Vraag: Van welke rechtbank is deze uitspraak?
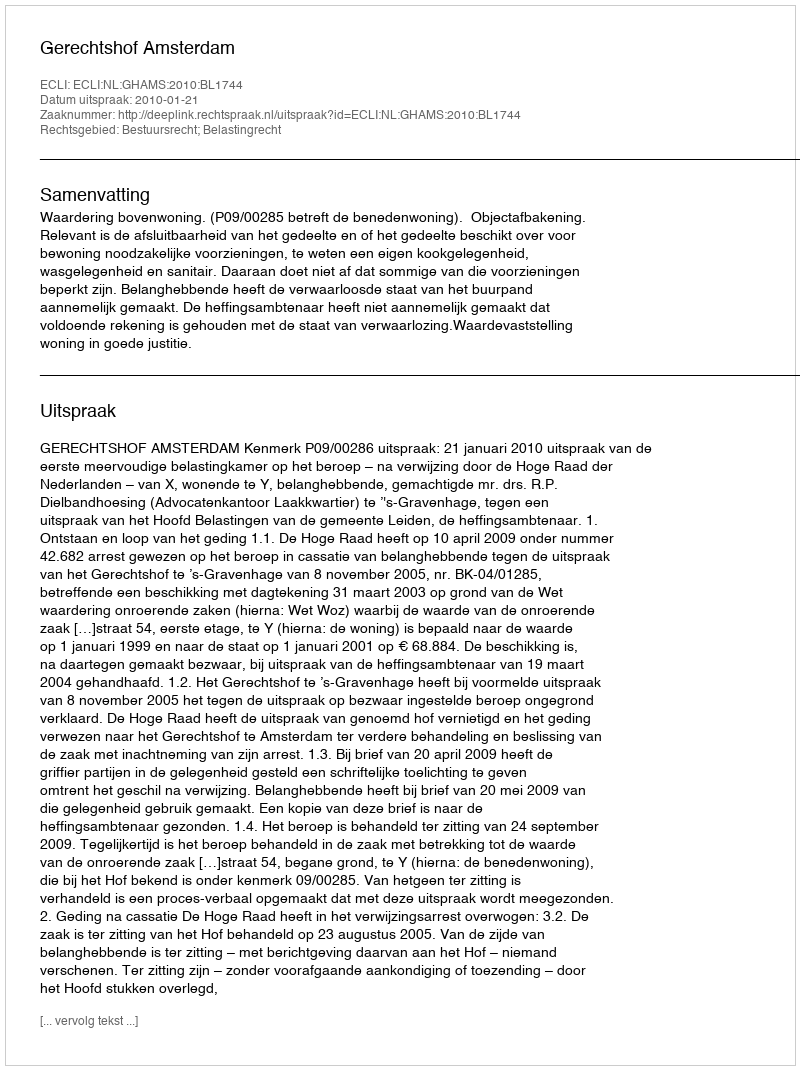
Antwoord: Gerechtshof Amsterdam